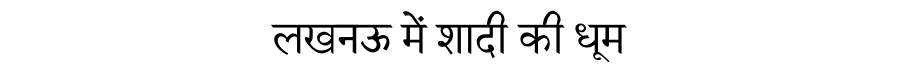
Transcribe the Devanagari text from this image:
लखनऊ में शादी की धूम